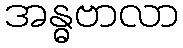
အန္ဓဗာလာ